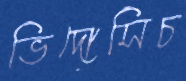
ভিদোসিচ